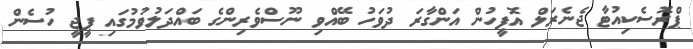
ޕްރޮސެކިއުޓާ ޖެނެރަލް އޮފީހުން އަންގާރަ ދުވަހު ބޭއްވި ނޫސްވެރިންގެ ބައްދަލުވުމުގައި ޕީޖީ ހުސެން